Memorandum on the prevention of leprosy by segregation of the affected
Disease focus: Leprosy
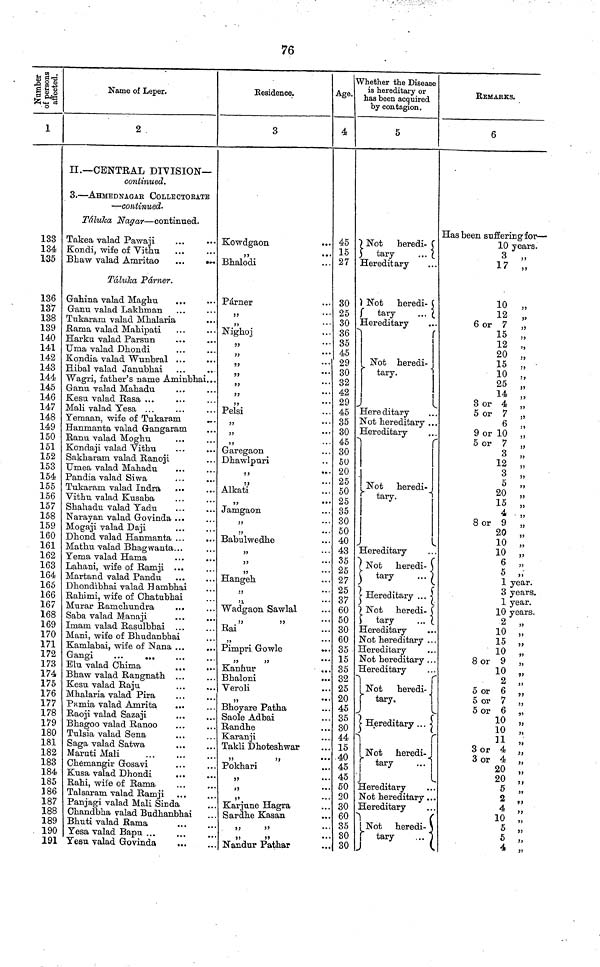
76
Number of
persons affected.
1
133
134
135
136
137
138
139
140
141
142
143
144
145
146
147
148
149
150
151
152
153
154
155
156
157
158
159
160
161
162
163
164
165
166
167
168
169
170
171
172
173
174
175
176
177
178
179
180
181
182
183
184
185
186
187
188
189
190
191
Name of Leper.
2
II.— CENTRAL DIVISION—
continued.
3. — AHMEDNAGAR COLLECTORATE
— continued-
Táluka Nagar — continued.
Takea valad Pawaji
Kondi, wife of Vithu
Bhaw valad Amritao
...
Táluka Párner.
Gahina valad Maghu
Ganu valad Lakhman
Tukaram valad Mhalaria
Rama valad Mahipati
Harku valad Parsun
Uma valad Dhondi
Kondia valad Wunbral ...
Hibal valad Janubhai ...
..
Wagri, father's name Aminbhai...
Ganu valad Mahadu
Kesu valad Rasa ,..
Mali valad Yesa ...
Yemaan, wife of Tukaram
Hanmanta valad Gangaram
Ranu valad Moghu
Kondaji valad Vithu
Sakharam valad Ranoji
Umea valad Mahadu
Pandia valad Siwa
Tukaram valad Indra
Vithu valad Kusaba
Shahadu valad Yadu
Narayan valad Govinda ..
Mogaji valad Daji
Dhond valad Hanmanta ..
...
Mathu valad Bhagwanta. . .
Yema valad Hama
Lahani, wife of Ramji ...
Martand valad Pandu
Dhondibhai valad Hambhai
Rahimi, wife of Chatubhai
Murar Ramchundra
...
Saba valad Manaji
Imam valad Rasulbhai ...
Mani, wife of Bhudanbhai
Kamlabai, wife of Nana ...
Elu valad Chima
Bhaw valad Rangnath ...
Kesu valad Raju
Mhalaria valad Pira
Pamia valad Amrita
..
Raoji valad Sazaji
Bhagoo valad Ranoo
Tulsia valad Sena
Saga valad Satwa
Maruti Mali
Chemangir Gosavi
Kusa valad Dhondi
Rahi, wife of Rama
Talsaram valad Ramji
Panjagi valad Mali Sin da
Chandbha valad Budhanbhai
Bhuti valad Rama
Yesa valad Bapu ...
Yesu valad Govinda
Residence.
3
Kowdgaon
Párner
,,
,,
Nighoj
,,
,,
,,
,,
,,
"
Pelsi
Garegaon
Dhawlpuri
,,
,,
Alkati
,,
Jamgaon
"
"
Babulwedhe
"
"
"
Hangeh
"
,,
Wadgaon Sawlal
"
Rai
,,
Pimpri Gowle
"
Kanhur
.
Bhaloni
Veroli
,,
Bhoyare Patha
Saole Adbai
. Randhe
. Karanji
. Takli Dhoteshwar
"
Pokhari
,,
,,
,,
Karjune Hagra
Sardhe Kasan
,,
,,
"
"
Nandur Pathar
V
Age.
4
45
15
27
30
25
30
36
35
45
29
30
32
42
29
45
35
30
45
30
50
20
25
50
25
35
30
50
40
43
35
25
27
25
37
60
50
30
60
35
15
35
32
25
20
45
35
30
44
15
40
45
45
50
20
30
60
35
30
30
Whether the Disease
is hereditary or
has been acquired
by contagion.
5
Not heredi-
tary
...
Hereditary
Not heredi-
tary
...
Hereditary
Not heredi-
tary.
.
Hereditary
Not hereditary ..
Hereditary
Not heredi-
tary.
Hereditary
Not heredi-
tary
...
Hereditary ...
Not heredi-
tary
...
Hereditary
Not hereditary ..
Hereditary
Not hereditary ..
Hereditary
Not
heredi-
tary.
Hereditary ...
Not
heredi-
tary
Hereditary
Not hereditary .
Hereditary
Not
heredi-
tary
...
REMARKS.
6
Has been suffering for —
10 years.
3
17 ,,
10 „
12 „
6 or 7 "
15 "
12 "
20 "
15
"
10 "
25 "
14 „
3 or 4 „
5 or 7 „
6 „
9 or 10 „
5 or 7 "
3 "
12 "
3 "
5 "
20 "
15 "
4 "
8 or 9 "
20 „
10 „
10 „
6 „
5 „
1 year.
3 years.
1 year.
10 years.
2 „
10 „
15 „
10 "
8 or 9 "
10 "
2 "
5 or 6 "
5 or 7 "
5 or 6 „
10 „
10 „
11 „
3 or 4 „
3 or 4 „
20
20 „
5 „
2 „
4 „
10 „
5 „
5 „
4 „